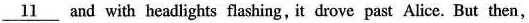
\underline{11} and with headlights flashing, it drove past Alice. But then,